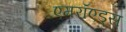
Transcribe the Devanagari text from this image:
एमरॉएड्स